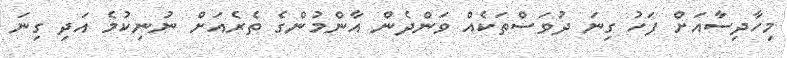
މިހާދިސާއަށް ފަހު ގިނަ ދުވަސްތަކެއް ވަންދެން އާންމުންގެ ތެރެއަށް ނުނިކުމެ އަދި ގިނަ